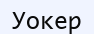
Уокер